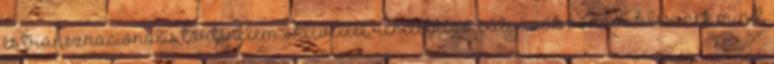
és transznacionális történelem oklevéllel rendelkező pályázók vonzóak lesznek mind